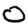
Digit: 0